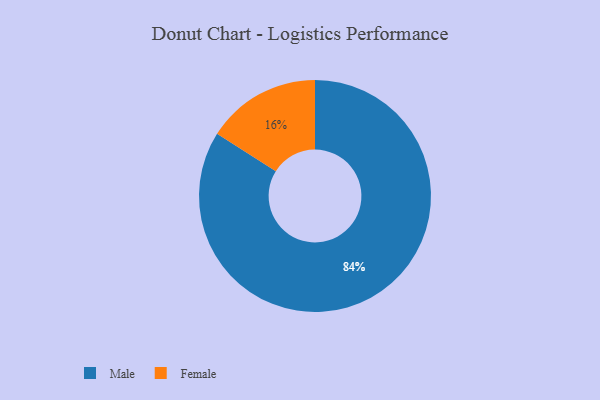
{"axis": {"x": "Category", "y": "Percentage"}, "legend": ["Female", "Male"], "data": [{"x": "Female", "y": 16, "type": "Female"}, {"x": "Male", "y": 84, "type": "Male"}]}